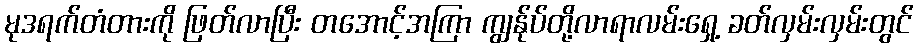
မုဒရက်တံတားကို ဖြတ်လာပြီး တအောင့်အကြာ ကျွန်ုပ်တို့လာရာလမ်းရှေ့ ခတ်လှမ်းလှမ်းတွင်